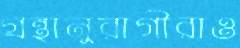
গ্রন্থানুরাগীরাও